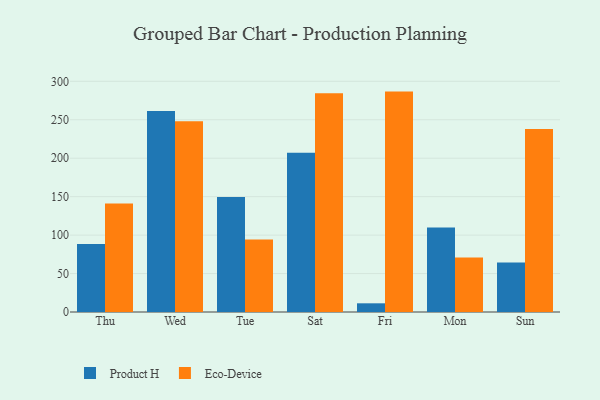
{"axis": {"x": "Day", "y": "Churn Rate (%)"}, "legend": ["Eco-Device", "Product H"], "data": [{"x": "Thu", "y": 88.5, "type": "Product H"}, {"x": "Thu", "y": 141.2, "type": "Eco-Device"}, {"x": "Wed", "y": 261.4, "type": "Product H"}, {"x": "Wed", "y": 248.1, "type": "Eco-Device"}, {"x": "Tue", "y": 149.7, "type": "Product H"}, {"x": "Tue", "y": 94.2, "type": "Eco-Device"}, {"x": "Sat", "y": 207.0, "type": "Product H"}, {"x": "Sat", "y": 284.6, "type": "Eco-Device"}, {"x": "Fri", "y": 11.3, "type": "Product H"}, {"x": "Fri", "y": 286.6, "type": "Eco-Device"}, {"x": "Mon", "y": 110.0, "type": "Product H"}, {"x": "Mon", "y": 70.9, "type": "Eco-Device"}, {"x": "Sun", "y": 64.5, "type": "Product H"}, {"x": "Sun", "y": 238.1, "type": "Eco-Device"}]}